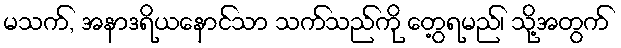
မသက်, အနာဒရိယနောင်သာ သက်သည်ကို တွေ့ရမည်၊ သို့အတွက်